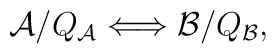
{\cal A}/Q_{\cal A} \Longleftrightarrow {\cal B}/Q_{\cal B},